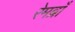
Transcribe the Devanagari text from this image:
रेमब्राँ